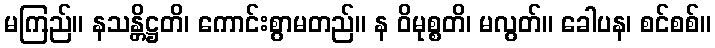
မကြည်။ နသန္တိဋ္ဌတိ၊ ကောင်းစွာမတည်။ န ဝိမုစ္စတိ၊ မလွတ်။ ခေါပန၊ စင်စစ်။